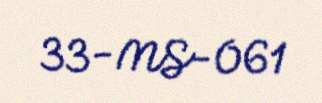
33-MS-061